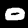
Digit: 0